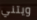
ويتني